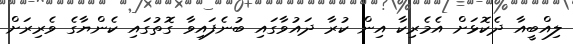
ލިއްބީއާ ދެކޮޅަށް އެމެރިކާ އިން ކުރާ ދައުވާގައި ބުނެފައިވާ ގޮތުގައި ކެންޔާގެ ވެރިރަށް